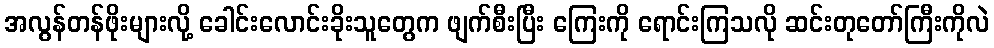
အလွန်တန်ဖိုးများလို့ ခေါင်းလောင်းခိုးသူတွေက ဖျက်စီးပြီး ကြေးကို ရောင်းကြသလို ဆင်းတုတော်ကြီးကိုလဲ